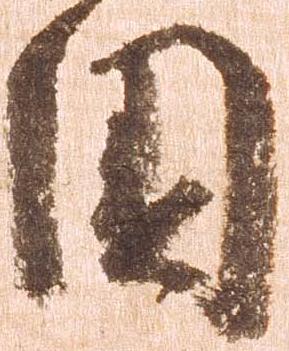
国